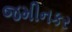
જમીનકર